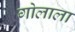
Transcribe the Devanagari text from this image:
गोलाला